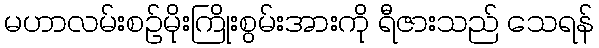
မဟာလမ်းစဉ်မိုးကြိုးစွမ်းအားကို ရီဇားသည် သေရန်